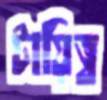
টায়িত্ব